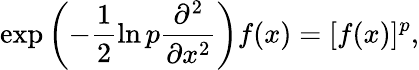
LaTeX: \exp\left(-\frac{1}{2}\ln p\frac{\partial^{2}}{\partial x^{2}}\right)f(x)=[f(x)]^{p},